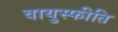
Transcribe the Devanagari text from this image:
वायुस्फीति